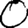
Digit: 0